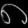
Digit: ၈